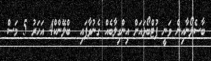
ބާސެލޯނާއިން ވަނީ ފުޓްބޯޅައަށް އިންގިލާބެއް ގެނުވާފައި  ބްލޭންކް4 އަހަރު 5 މަސް